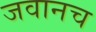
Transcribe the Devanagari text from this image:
जवानच